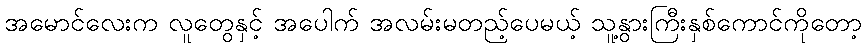
အမောင်လေးက လူတွေနှင့် အပေါက် အလမ်းမတည့်ပေမယ့် သူ့နွားကြီးနှစ်ကောင်ကိုတော့